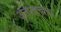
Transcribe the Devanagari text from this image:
अनपहचाना